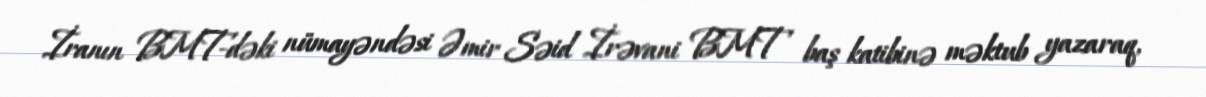
İranın BMT-dəki nümayəndəsi Əmir Səid İrəvani BMT baş katibinə məktub yazaraq,